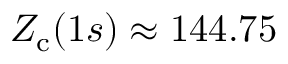
Z _ { \mathrm { c } } ( 1 s ) \approx 1 4 4 . 7 5